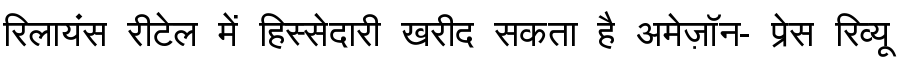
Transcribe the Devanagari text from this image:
रिलायंस रीटेल में हिस्सेदारी खरीद सकता है अमेज़ॉन- प्रेस रिव्यू